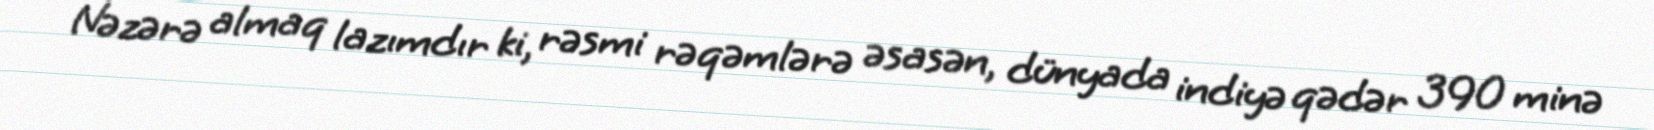
Nəzərə almaq lazımdır ki, rəsmi rəqəmlərə əsasən, dünyada indiyə qədər 390 minə